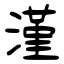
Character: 漌